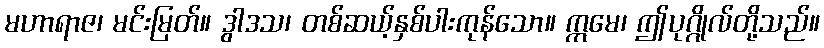
မဟာရာဇ၊ မင်းမြတ်။ ဒွါဒသ၊ တစ်ဆယ့်နှစ်ပါးကုန်သော။ ဣမေ၊ ဤပုဂ္ဂိုလ်တို့သည်။